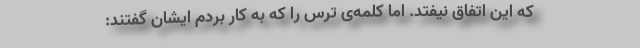
که این اتفاق نیفتد. اما کلمه‌ی ترس را که به کار بردم ایشان گفتند: